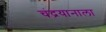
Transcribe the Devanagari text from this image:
चंद्रयानाला